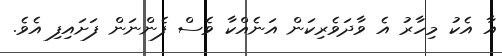
އާ އެކު މިހާރު އެ ވާދަވެރިކަން އަނެއްކާ ވެސް ފެންނަން ފަށައިފި އެވެ.